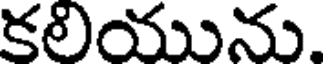
కలియును.